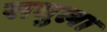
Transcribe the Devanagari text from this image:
राघुला